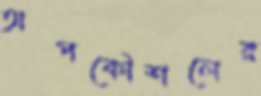
অপকৌশলের